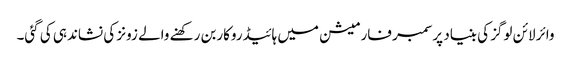
وائر لائن لوگز کی بنیاد پرسمبر فارمیشن میں ہائیڈروکاربن رکھنے والے زونز کی نشاندہی کی گئی۔